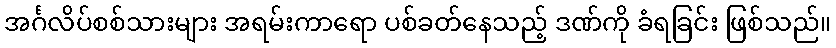
အင်္ဂလိပ်စစ်သားများ အရမ်းကာရော ပစ်ခတ်နေသည့် ဒဏ်ကို ခံရခြင်း ဖြစ်သည်။